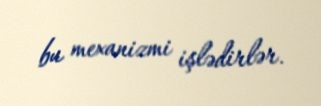
bu mexanizmi işlədirlər.